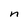
Character: n